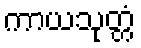
ကာယသုတ္တံ